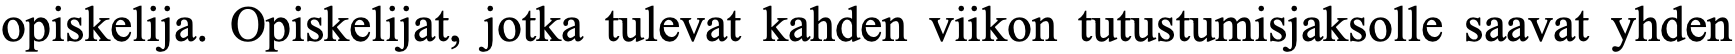
opiskelija. Opiskelijat, jotka tulevat kahden viikon tutustumisjaksolle saavat yhden